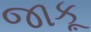
જાકૂ